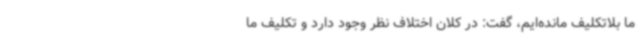
ما بلاتکلیف مانده‌ایم، گفت: در کلان اختلاف نظر وجود دارد و تکلیف ما